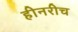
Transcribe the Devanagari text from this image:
हीनरीच